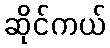
ဆိုင်ကယ်